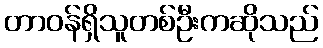
တာဝန်ရှိသူတစ်ဦးကဆိုသည်